Leaving Certificate Examination (including Day School Certificate (Higher) General paper), 1935
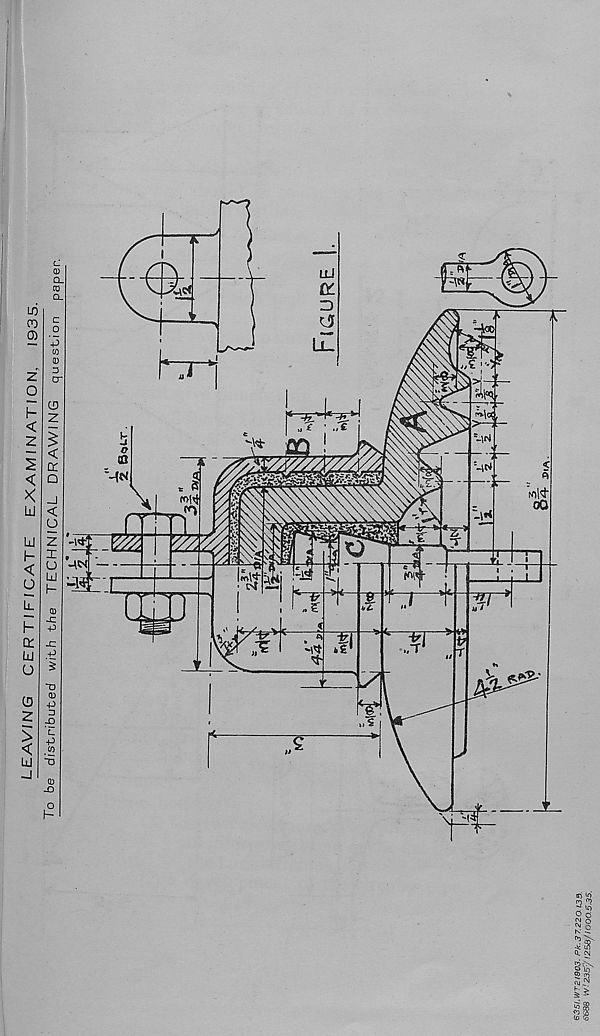
LEAVING CERTIFICATE EXAMINATION, 1935.
To be distributed with the TECHNICAL DRAWING question paper.
^ &
32
2 c
0. C' J